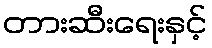
တားဆီးရေးနှင့်